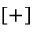
[ + ]